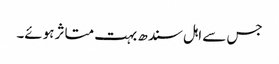
جس سے اہل سندھ بہت متاثر ہوئے۔